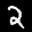
Label: 2